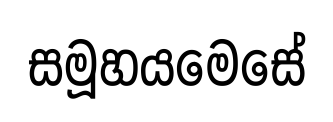
සමූහයමෙසේ